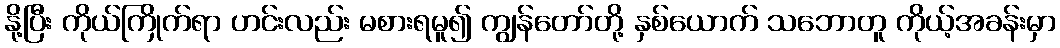
နို့ပြီး ကိုယ်ကြိုက်ရာ ဟင်းလည်း မစားရမူ၍ ကျွန်တော်တို့ နှစ်ယောက် သဘောတူ ကိုယ့်အခန်းမှာ